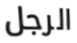
الرجل